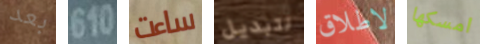
بعد 610 ساءت لتبديل لاطلاق امسكها